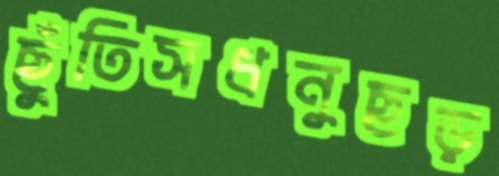
ছুঁতিসধনুছড়